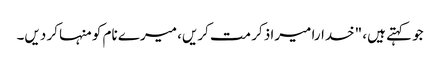
جو کہتے ہیں، "خدارا میرا ذکر مت کریں، میرے نام کو منہا کر دیں۔